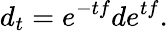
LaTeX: d_{t}=e^{-tf}de^{tf}.